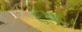
૬૫૮